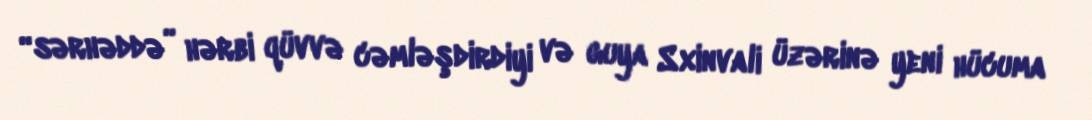
“sərhəddə” hərbi qüvvə cəmləşdirdiyi və guya Sxinvali üzərinə yeni hücuma